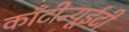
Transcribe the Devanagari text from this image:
काँटीन्यूईटी